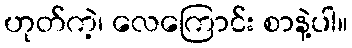
ဟုတ်ကဲ့၊ လေကြောင်း စာနဲ့ပါ။